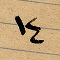
١٤